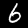
Label: 6